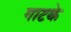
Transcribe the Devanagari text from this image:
गाटके